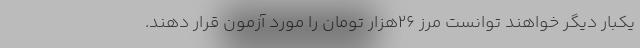
یکبار دیگر خواهند توانست مرز ۲۶‌هزار تومان را مورد آزمون قرار دهند.